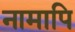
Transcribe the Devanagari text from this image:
नामापि